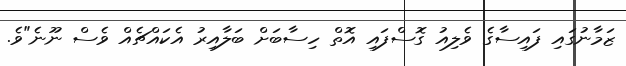
ޒަމާނުގައި ފައިސާގެ ވެލިއު ގޮސްފައި އޮތް ހިސާބަށް ބަލާއިރު އެކައްޗެއް ވެސް ނޫނެ"ވެ.